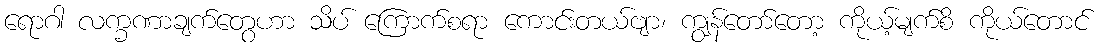
ရောဂါ လက္ခဏာချက်တွေဟာ သိပ် ကြောက်စရာ ကောင်းတယ်ဗျာ၊ ကျွန်တော်တော့ ကိုယ့်မျက်စိ ကိုယ်တောင်